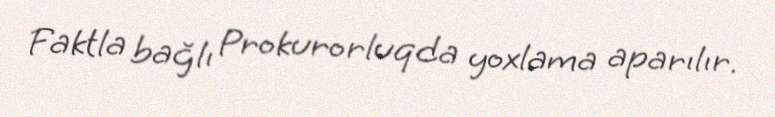
Faktla bağlı Prokurorluqda yoxlama aparılır.